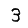
Digit: 3